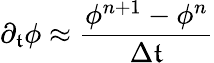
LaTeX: \partial_{\mathfrak{t}}\phi\approx\frac{{\phi^{n+1}-\phi^{n}}}{{\Delta\mathfrak{t}}}